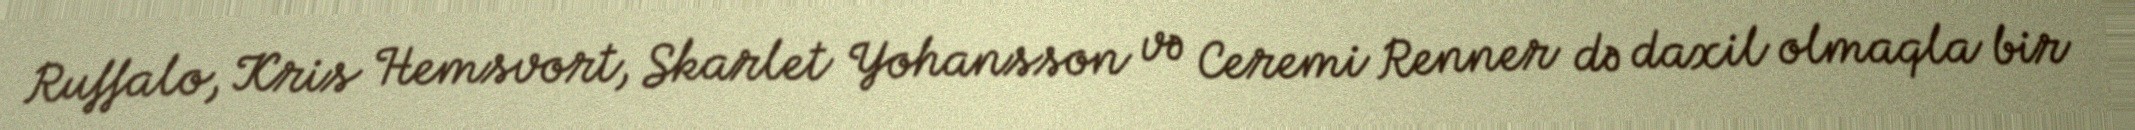
Ruffalo, Kris Hemsvort, Skarlet Yohansson və Ceremi Renner də daxil olmaqla bir